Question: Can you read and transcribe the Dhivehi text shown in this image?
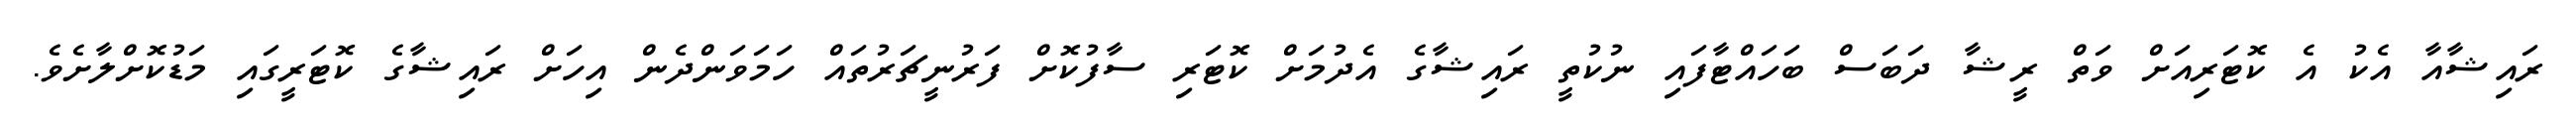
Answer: ރައިޝާއާ އެކު އެ ކޮޓަރިއަށް ވަތް ރީޝާ ދަބަސް ބަހައްޓާފައި ނުކުތީ ރައިޝާގެ އެދުމަށް ކޮޓަރި ސާފުކޮށް ފަރުނީޗަރުތައް ހަމަވަންދެން އިހަށް ރައިޝާގެ ކޮޓަރީގައި މަޑުކޮށްލާށެވެ.